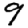
Digit: 9